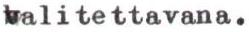
valitettavana.